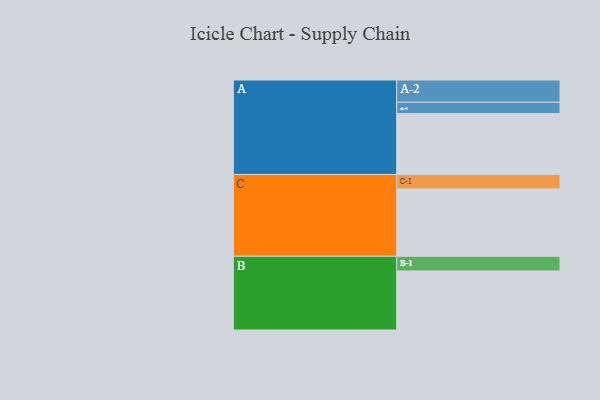
{"axis": {"x": "Segment", "y": "Value"}, "legend": ["", "A", "B", "C"], "data": [{"x": "A", "y": 529, "type": ""}, {"x": "B", "y": 513, "type": ""}, {"x": "C", "y": 585, "type": ""}, {"x": "A-1", "y": 99, "type": "A"}, {"x": "A-2", "y": 193, "type": "A"}, {"x": "B-1", "y": 128, "type": "B"}, {"x": "C-1", "y": 126, "type": "C"}]}